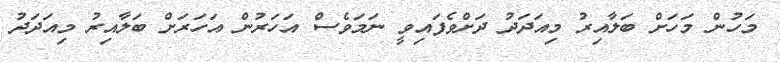
މަހުން މަހަށް ބަލާއިރު މިއަދަދު ދަށްވެފައިވީ ނަމަވެސް އަހަރުން އަހަަރަށް ބަލާއިރު މިއަދަދު